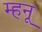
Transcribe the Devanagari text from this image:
म्हनू